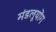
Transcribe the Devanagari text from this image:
मंडलूयोंग